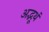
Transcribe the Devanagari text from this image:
अद्भूथं